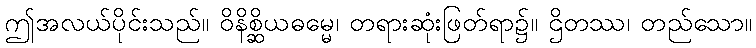
ဤအလယ်ပိုင်းသည်။ ဝိနိစ္ဆိယဓမ္မေ၊ တရားဆုံးဖြတ်ရာ၌။ ဌိတဿ၊ တည်သော။